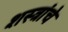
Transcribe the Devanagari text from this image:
शस्‍त्रांचे